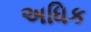
અધિક